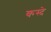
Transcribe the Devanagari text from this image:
कस्दे